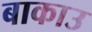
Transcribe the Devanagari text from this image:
बाकाउ